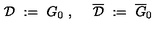
{ \mathcal D } \ : = \ G _ { 0 } \ , \ \quad \overline { { { \mathcal D } } } \ : = \ \overline { { G } } _ { 0 }